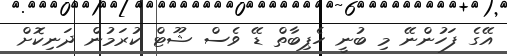
އޭގެ ފަހުންނޭ މި ބުނީ ހެޕިބާތް ޑޭ ވެސް ޝޫޓް ކުރަމުން ދަނިކޮށް